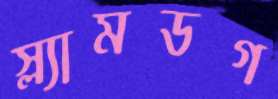
স্ল্যামডগ